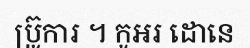
ប្រ៊ូការ ។ កូអរ ដោនេ